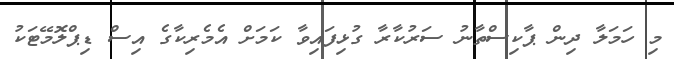
މި ހަމަލާ ދިން ޕާކިސްތާނު ސަރުކާރާ ގުޅިފައިވާ ކަމަށް އެމެރިކާގެ އިސް ޑިޕްލޮމޭޓަކު